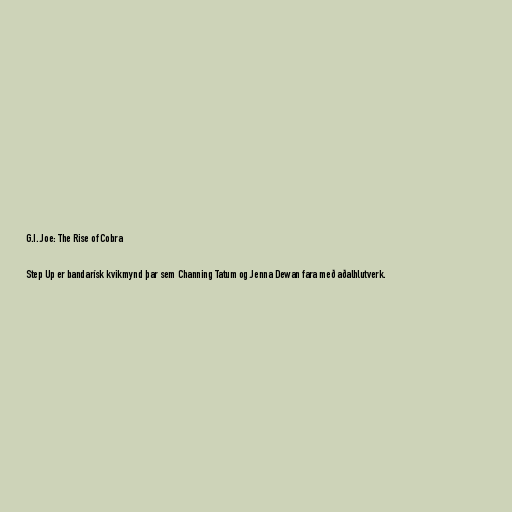
G.I. Joe: The Rise of Cobra

Step Up er bandarísk kvikmynd þar sem Channing Tatum og Jenna Dewan fara með aðalhlutverk.